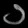
Digit: ၁